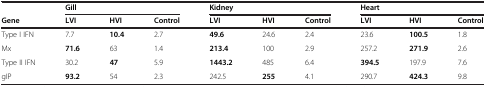
<table><thead><tr><td></td><td colspan="3"><b>Gill</b></td><td colspan="3"><b>Kidney</b></td><td colspan="3"><b>Heart</b></td></tr><tr><td><b>Gene</b></td><td><b>LVI</b></td><td><b>HVI</b></td><td><b>Control</b></td><td><b>LVI</b></td><td><b>HVI</b></td><td><b>Control</b></td><td><b>LVI</b></td><td><b>HVI</b></td><td><b>Control</b></td></tr></thead><tbody><tr><td>Type I IFN</td><td>7.7</td><td><b>10.4</b></td><td>2.7</td><td><b>49.6</b></td><td>24.6</td><td>2.4</td><td>23.6</td><td><b>100.5</b></td><td>1.8</td></tr><tr><td>Mx</td><td><b>71.6</b></td><td>63</td><td>1.4</td><td><b>213.4</b></td><td>100</td><td>2.9</td><td>257.2</td><td><b>271.9</b></td><td>2.6</td></tr><tr><td>Type II IFN</td><td>30.2</td><td><b>47</b></td><td>5.9</td><td><b>1443.2</b></td><td>485</td><td>6.4</td><td><b>394.5</b></td><td>197.9</td><td>7.6</td></tr><tr><td>gIP</td><td><b>93.2</b></td><td>54</td><td>2.3</td><td>242.5</td><td><b>255</b></td><td>4.1</td><td>290.7</td><td><b>424.3</b></td><td>9.8</td></tr></tbody></table>